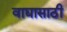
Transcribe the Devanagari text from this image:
वाद्यासाठी